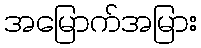
အမြောက်အမြား